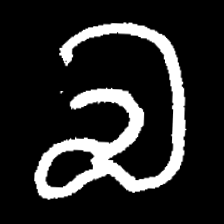
Pyu character \u2014 Myanmar letter: လ (romanized: la)